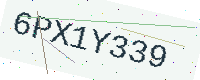
Text: 6PX1Y339